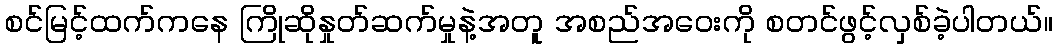
စင်မြင့်ထက်ကနေ ကြိုဆိုနှုတ်ဆက်မှုနဲ့အတူ အစည်အဝေးကို စတင်ဖွင့်လှစ်ခဲ့ပါတယ်။